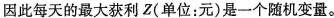
因此每天的最大获利Z(单位：元)是一个随机变量。